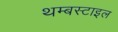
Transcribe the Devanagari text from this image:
थम्बस्टाइल